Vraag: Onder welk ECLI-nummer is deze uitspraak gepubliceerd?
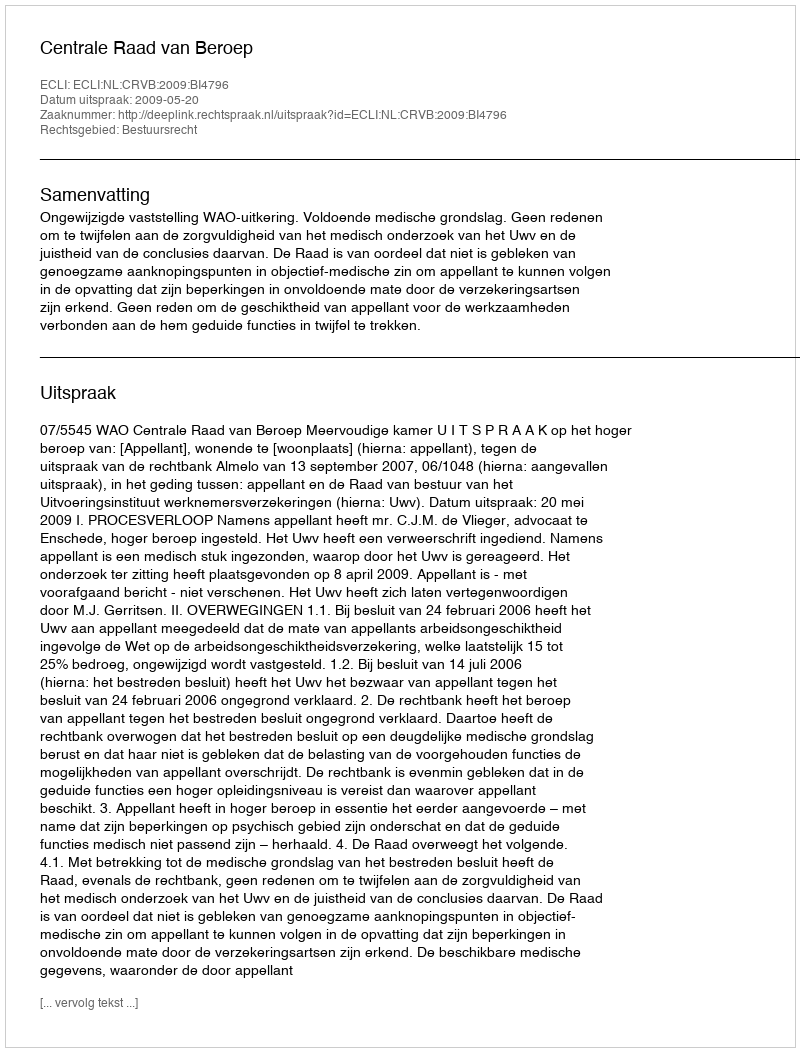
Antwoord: ECLI:NL:CRVB:2009:BI4796